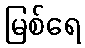
မြစ်ရေ